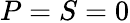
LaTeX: P=S=0